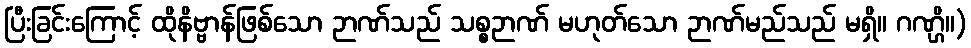
ပြီးခြင်းကြောင့် ထိုနိဗ္ဗာန်ဖြစ်သော ဉာဏ်သည် သစ္စဉာဏ် မဟုတ်သော ဉာဏ်မည်သည် မရှိ။ ဂဏ္ဌိ။)